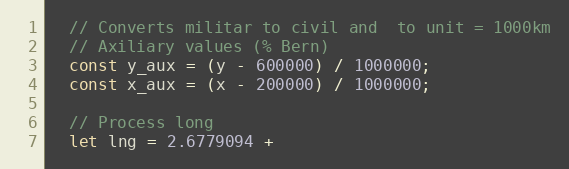
Language: JavaScript
  // Converts militar to civil and  to unit = 1000km
  // Axiliary values (% Bern)
  const y_aux = (y - 600000) / 1000000;
  const x_aux = (x - 200000) / 1000000;

  // Process long
  let lng = 2.6779094 +